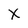
Character: X